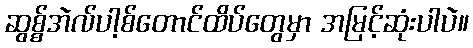
ဆွစ္စ်အဲလ်ပါ့စ်တောင်ထိပ်တွေမှာ အမြင့်ဆုံးပါပဲ။